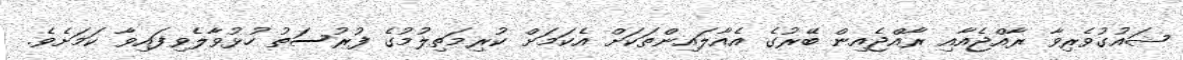
ޝައުގުވެރިވާ ރާއްޖެއާއި ރާއްޖެއިން ބޭރުގެ އެއާލައިންތަކަށް އެކަމަށް ކުރިމަތިލުމުގެ ފުރުސަތު ހުޅުވާލެވިފައިވާ ކަމަށެވެ.